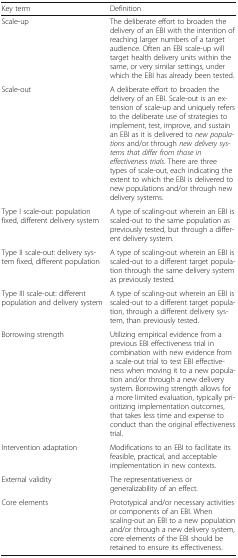
<table><thead><tr><td><b>Key term</b></td><td><b>Definition</b></td></tr></thead><tbody><tr><td>Scale-up</td><td>The deliberate effort to broaden the delivery of an EBI with the intention of reaching larger numbers of a target audience. Often an EBI scale-up will target health delivery units within the same, or very similar settings, under which the EBI has already been tested.</td></tr><tr><td>Scale-out</td><td>A deliberate effort to broaden the delivery of an EBI. Scale-out is an extension of scale-up and uniquely refers to the deliberate use of strategies to implement, test, improve, and sustain an EBI as it is delivered to <i>new populations</i> and/or through <i>new delivery systems that differ from those in effectiveness trials</i>. There are three types of scale-out, each indicating the extent to which the EBI is delivered to new populations and/or through new delivery systems.</td></tr><tr><td>Type I scale-out: population fixed, different delivery system</td><td>A type of scaling-out wherein an EBI is scaled-out to the same population as previously tested, but through a different delivery system.</td></tr><tr><td>Type II scale-out: delivery system fixed, different population</td><td>A type of scaling-out wherein an EBI is scaled-out to a different target population through the same delivery system as previously tested.</td></tr><tr><td>Type III scale-out: different population and delivery system</td><td>A type of scaling-out wherein an EBI is scaled-out to a different target population, through a different delivery system, than previously tested.</td></tr><tr><td>Borrowing strength</td><td>Utilizing empirical evidence from a previous EBI effectiveness trial in combination with new evidence from a scale-out trial to test EBI effectiveness when moving it to a new population and/or through a new delivery system. Borrowing strength allows for a more limited evaluation, typically prioritizing implementation outcomes, that takes less time and expense to conduct than the original effectiveness trial.</td></tr><tr><td>Intervention adaptation</td><td>Modifications to an EBI to facilitate its feasible, practical, and acceptable implementation in new contexts.</td></tr><tr><td>External validity</td><td>The representativeness or generalizability of an effect.</td></tr><tr><td>Core elements</td><td>Prototypical and/or necessary activities or components of an EBI. When scaling-out an EBI to a new population and/or through a new delivery system, core elements of the EBI should be retained to ensure its effectiveness.</td></tr></tbody></table>